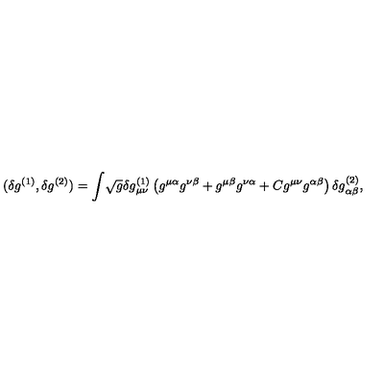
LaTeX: ( \delta g ^ { ( 1 ) } , \delta g ^ { ( 2 ) } ) = \int \! \sqrt { g } \delta g _ { \mu \nu } ^ { ( 1 ) } \left( g ^ { \mu \alpha } g ^ { \nu \beta } + g ^ { \mu \beta } g ^ { \nu \alpha } + C g ^ { \mu \nu } g ^ { \alpha \beta } \right) \delta g _ { \alpha \beta } ^ { ( 2 ) } ,